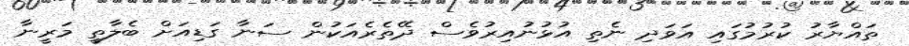
ތައްޔާރު ކުރުމުގައި އަވަދި ނެތި އުޅުނުއިރުވެސް ދޭތެރެއަކުން ސަނާ ގަޑިއަށް ބެލާތީ މަރީނާ